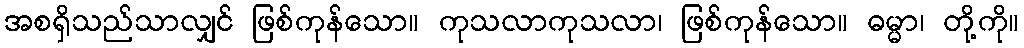
အစရှိသည်သာလျှင် ဖြစ်ကုန်သော။ ကုသလာကုသလာ၊ ဖြစ်ကုန်သော။ ဓမ္မာ၊ တို့ကို။